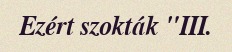
Ezért szokták "III.